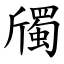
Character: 斶